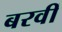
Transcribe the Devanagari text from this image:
बरवीं